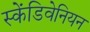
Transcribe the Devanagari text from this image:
स्केंडिवेनियन